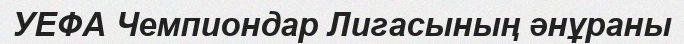
УЕФА Чемпиондар Лигасының әнұраны